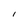
Character: I